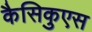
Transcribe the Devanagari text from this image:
कैसिकुएस